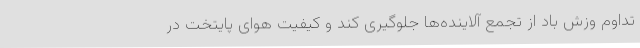
تداوم وزش باد از تجمع آلاینده‌ها جلوگیری کند و کیفیت هوای پایتخت در